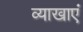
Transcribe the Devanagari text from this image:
व्याखाएं